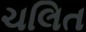
ચલિત